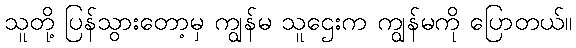
သူတို့ ပြန်သွားတော့မှ ကျွန်မ သူဌေးက ကျွန်မကို ပြောတယ်။